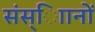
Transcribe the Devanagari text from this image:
संस्ािानों